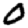
Digit: 0